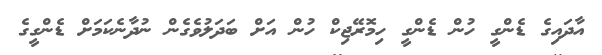
އާދައިގެ ޑެންގީ ހުން ޑެންގީ ހިމޮރޭޖިކް ހުން އަށް ބަދަލުވެގެން ނުދާނެކަމަށް ޑެންގީގެ